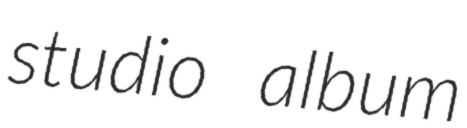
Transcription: studio album